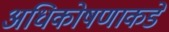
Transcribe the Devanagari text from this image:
अधिकोषणाकडे